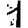
Digit: 1